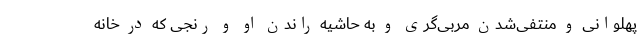
پهلوانی و منتفی‌شدن مربی‌گری و به حاشیه راندن او و رنجی که در خانه